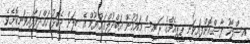
އިސްލާހު ފާސްކޮށްފައިވަނީ ޕީޕީއެމްގެ ރައީސް މައުމޫން އަބްދުލްގައްޔޫމް އެ ބިލަށް ދެކޮޅު ހައްދަވާފައިވަނިކޮށެވެ.